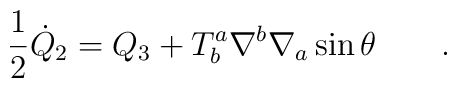
\frac{1}{2}{\dot Q}_2=Q_3+T^a_b\nabla^b\nabla_a\sin\theta\qquad .